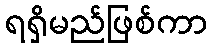
ရရှိမည်ဖြစ်ကာ